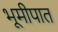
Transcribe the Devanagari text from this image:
भूमीपात